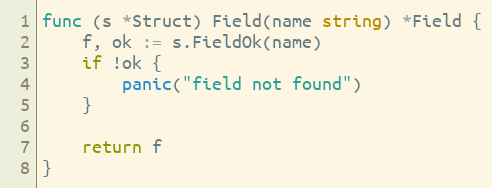
Language: Go
func (s *Struct) Field(name string) *Field {
	f, ok := s.FieldOk(name)
	if !ok {
		panic("field not found")
	}

	return f
}